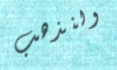
ولنذهب